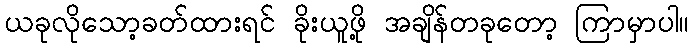
ယခုလိုသော့ခတ်ထားရင် ခိုးယူဖို့ အချိန်တခုတော့ ကြာမှာပါ။